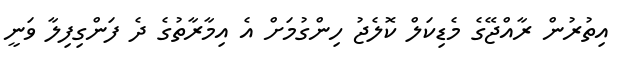
އިތުރުން ރާއްޖޭގެ މެޑިކަލް ކޮލެޖު ހިންގުމަށް އެ އިމާރާތުގެ ދެ ފަންގިފިލާ ވަނީ